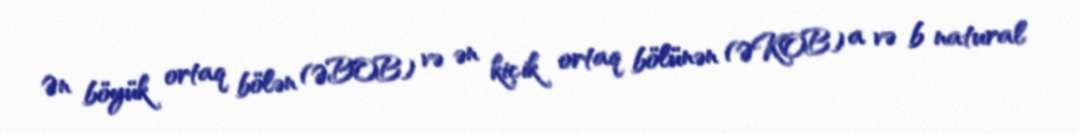
Ən böyük ortaq bölən (ƏBOB) və ən kiçik ortaq bölünən (ƏKOB) a və b natural